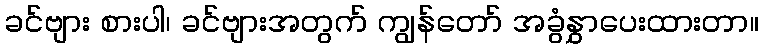
ခင်ဗျား စားပါ၊ ခင်ဗျားအတွက် ကျွန်တော် အခွံနွှာပေးထားတာ။